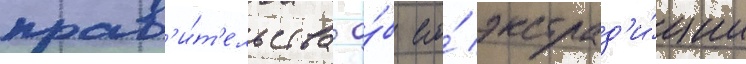
прав'и́т'ельства о́б его́ экстрад'и́ции